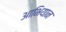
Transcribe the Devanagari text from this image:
आभियान